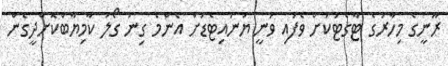
ރޫނީގެ މިހާރުގެ ޓާގެޓަކަށް ވެފައި ވަނީ ޔުނައިޓެޑަށް އެންމެ ގިނަ ގޯލު ކާމިޔާބްކޮށްދީގެން